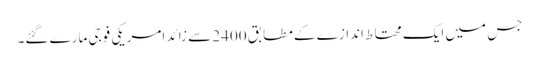
جس میں ایک محتا ط اندازے کے مطابق 2400 سے زائد امریکی فوجی مارے گئے۔